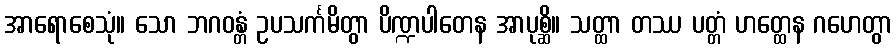
အာရောစေသုံ။ သော ဘဂဝန္တံ ဥပသင်္ကမိတွာ ပိဏ္ဍပါတေန အာပုစ္ဆိ။ သတ္ထာ တဿ ပတ္တံ ဟတ္ထေန ဂဟေတွာ